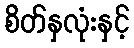
စိတ်နှလုံးနှင့်